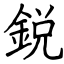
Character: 鋭